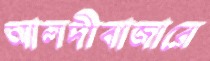
আলদীবাজারে